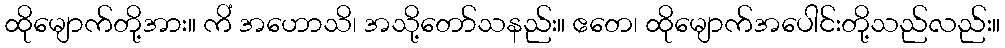
ထိုမျောက်တို့အား။ ကိံ အဟောသိ၊ အသို့တော်သနည်း။ ဧတေ၊ ထိုမျောက်အပေါင်းတို့သည်လည်း။